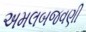
અમલબજવણી